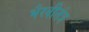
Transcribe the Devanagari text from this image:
भैरवीतंत्र